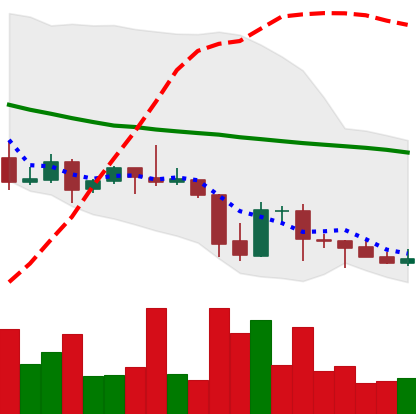
Ticker: DOGE-USD
Chart end date: 2021-09-29
Forward return: 21.107%
Label: up_7plus